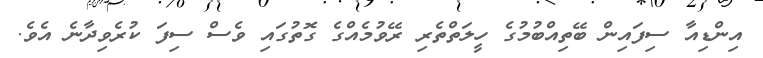
އިންޑިއާ ސިފައިން ބޭތިއްބުމުގެ ހީލަތްތެރި ރޭވުމެއްގެ ގޮތުގައި ވެސް ސިފަ ކުރެވިދާނެ އެވެ.